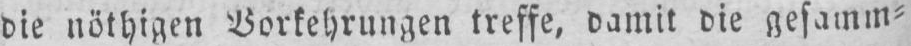
die nöthigen Vorkehrungen treffe, damit die gesamm⸗